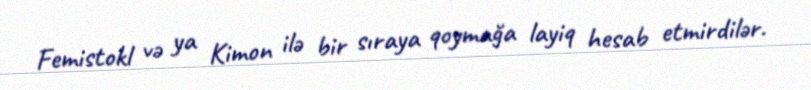
Femistokl və ya Kimon ilə bir sıraya qoymağa layiq hesab etmirdilər.